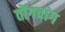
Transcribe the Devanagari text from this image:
तोंगचांग